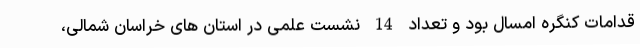
قدامات کنگره امسال بود و تعداد 14 نشست علمی در استان های خراسان شمالی،